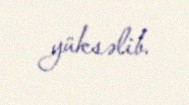
yüksəlib.